Vaccination United Provinces of Agra and Oudh 1902-1913 - 1902-1913
Year: 1902
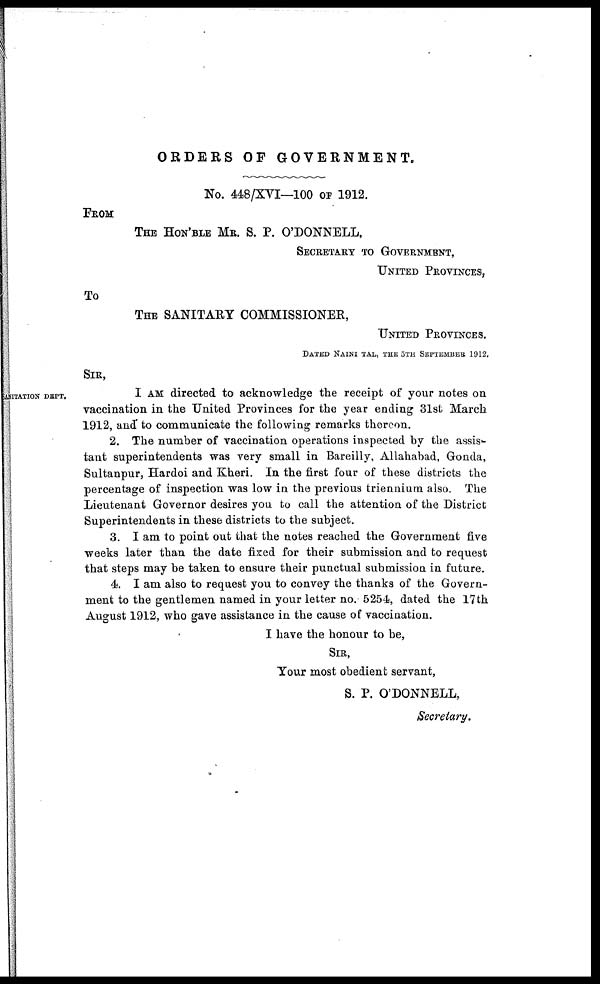
ORDERS OF
GOVERNMENT.
No. 448/XVI—100 OF 1912.
FROM
THE HON'BLE MR. S. P. O'DONNELL,
SECRETARY TO GOVERNMENT,
UNITED PROVINCES,
To
THE SANITARY COMMISSIONER,
UNITED PROVINCES.
DATED NAINI TAL, THE 5TH SEPTEMBER 1912.
SIR,
STANITATION DEPT.
I AM directed to acknowledge the receipt of your notes on
vaccination in the United Provinces for the year ending 31st March
1912, and to communicate the following remarks thereon.
2. The number of vaccination operations inspected by the assis-
tant superintendents was very small in Bareilly, Allahabad, Gonda,
Sultanpur, Hardoi and Kheri. In the first four of these districts the
percentage of inspection was low in the previous triennium also. The
Lieutenant Governor desires you to call the attention of the District
Superintendents in these districts to the subject.
3. I am to point out that the notes reached the Government five
weeks later than the date fixed for their submission and to request
that steps may be taken to ensure their punctual submission in future.
4. I am also to request you to convey the thanks of the Govern-
ment to the gentlemen named in your letter no. 5254, dated the 17th
August 1912, who gave assistance in the cause of vaccination.
I have the honour to be,
SIR,
Your most obedient servant,
S. P. O'DONNELL,
Secretary.